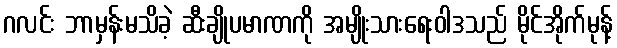
ဂလင်း ဘာမှန်းမသိခဲ့ ဆီးချိုပမာဏကို အမျိုးသားရေးဝါဒသည် မိုင်အိုက်မုန့်